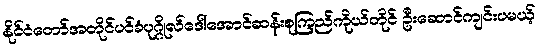
နိုင်ငံတော်အတိုင်ပင်ခံပုဂ္ဂိုလ်ဒေါ်အောင်ဆန်းစုကြည်ကိုယ်တိုင် ဦးဆောင်ကျင်းပမယ့်